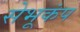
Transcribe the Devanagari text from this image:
सेभूकंप